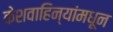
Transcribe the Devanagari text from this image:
केशवाहिन्यांमधून